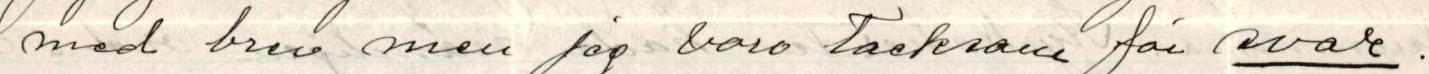
med brev men jag varo Tacksam för svar.